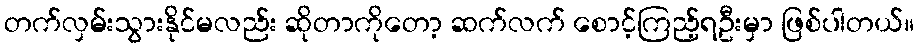
တက်လှမ်းသွားနိုင်မလည်း ဆိုတာကိုတော့ ဆက်လက် စောင့်ကြည့်ရဦးမှာ ဖြစ်ပါတယ်။